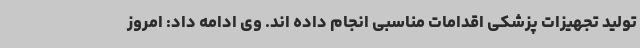
تولید تجهیزات پزشکی اقدامات مناسبی انجام داده اند. وی ادامه داد: امروز